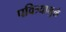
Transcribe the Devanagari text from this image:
पवित्र्यामुळे